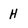
Character: H